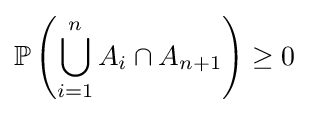
{\mathbb {P} }\left(\bigcup _{i=1}^{n}A_{i}\cap A_{n+1}\right)\geq 0